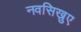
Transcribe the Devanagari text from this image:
नवसिखुए